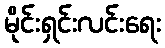
မိုင်းရှင်းလင်းရေး